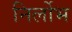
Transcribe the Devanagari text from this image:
निर्लोभ